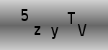
Text: 5zyTV